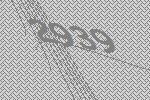
2939